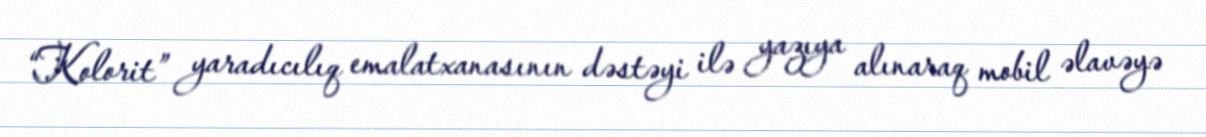
“Kolorit” yaradıcılıq emalatxanasının dəstəyi ilə yazıya alınaraq mobil əlavəyə